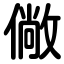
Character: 僘